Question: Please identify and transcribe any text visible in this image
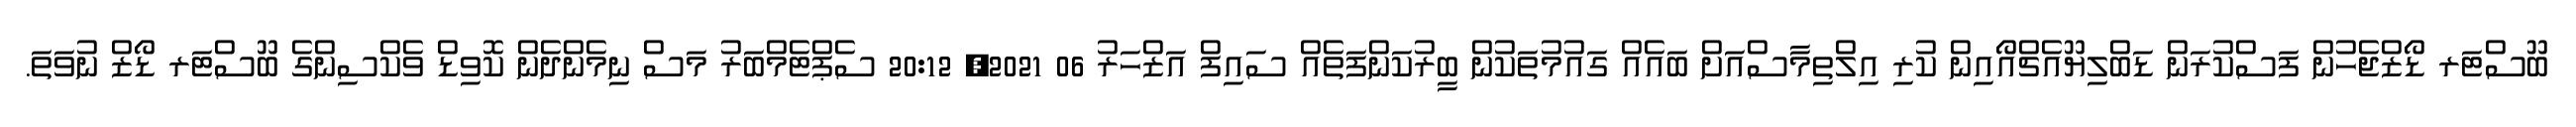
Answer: ބޫސްޓަރ ޑޯޒްޖެހުން ފަސްކުރަން ޑަބްލިޔޫއެޗްއޯއިން ކުރި އިލްތިމާސްއަށް ބައެއް ގައުމުތަކުން ބީރުކަންފަތެއް ސައިފް އަޒްހަރު 06 2021, 20:12 ސެޕްޓެމްބަރު މަސް ނިމެންދެން ކޮވިޑް ވެކްސިންގެ ބޫސްޓަރ ޑޯޒް ނުވަތަ.